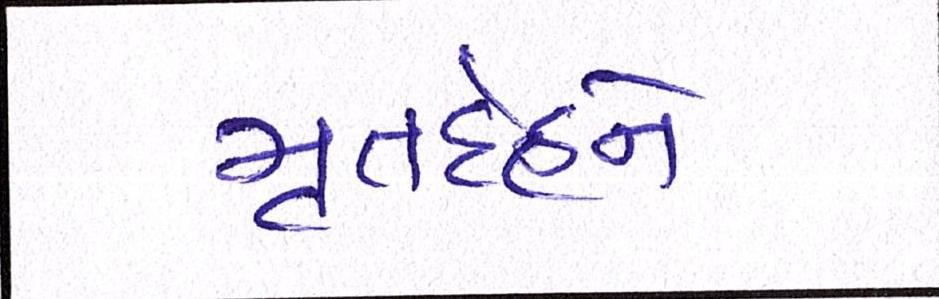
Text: મૃતદેહને